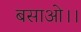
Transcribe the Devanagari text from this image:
बसाओ।।